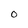
Character: o